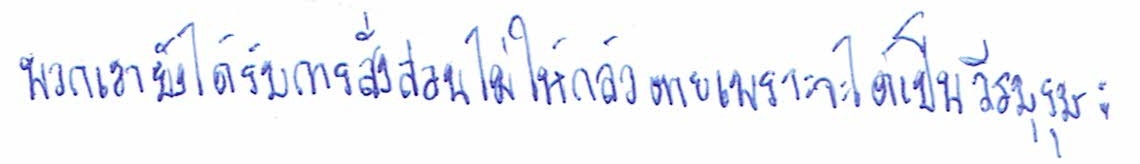
พวกเขายังได้รับการสั่งสอนไม่ให้กลัวตายเพราะจะได้เป็นวีรบุรุษ: